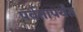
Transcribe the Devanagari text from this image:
पर्वतापर्यंत